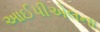
આઈપીએલના